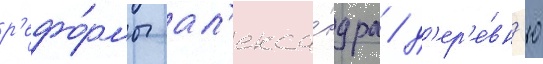
р'ефо́рмы ал'екса́ндра / д'ер'е́вн'ю